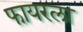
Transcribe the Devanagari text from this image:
फायरला